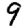
Digit: 9